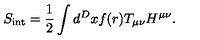
S _ { \mathrm { { \small i n t } } } = { \frac { 1 } { 2 } } \int d ^ { D } x f ( r ) T _ { \mu \nu } H ^ { \mu \nu } .